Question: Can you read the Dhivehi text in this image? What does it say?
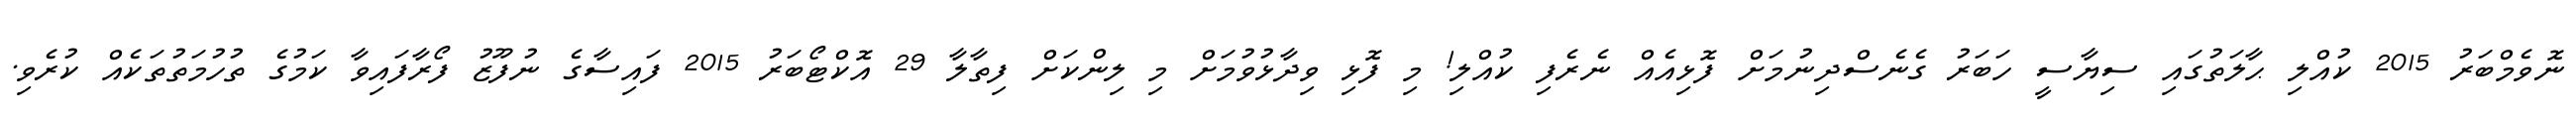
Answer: ނޮވެމްބަރު 2015 ކުއްލި ޙާލަތުގައި ސިޔާސީ ހަބަރު ގެނެސްދިނުމަށް ފޮޅިއެއް ނެރެފި ކުއްލި! މި ފޮޅި ވިދާޅުވުމަށް މި ލިންކަށް ފިތާލާ 29 އޮކްޓޯބަރު 2015 ފައިސާގެ ނުފޫޒު ފޯރާފައިވާ ކަމުގެ ތުހުމަތުތަކެއް ކުރެވި.